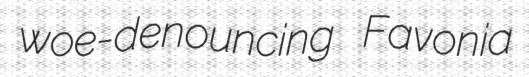
woe-denouncing Favonia